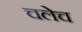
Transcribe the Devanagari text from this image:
चलेच